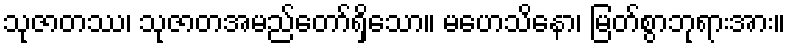
သုဇာတဿ၊ သုဇာတအမည်တော်ရှိသော။ မဟေသိနော၊ မြတ်စွာဘုရားအား။